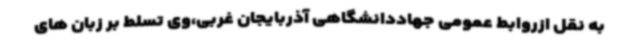
به نقل ازروابط عمومی جهاددانشگاهی آذربایجان غربی،وی تسلط بر زبان های